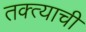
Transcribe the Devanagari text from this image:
तक्त्याची